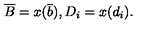
\overline { { B } } = x ( \overline { { b } } ) , D _ { i } = x ( d _ { i } ) .